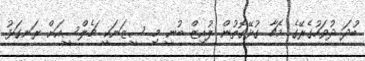
ބުދަ ދުވަހުގެރޭގެ މެޗާ ގުޅޭގޮތުން ލުއިޒް ބުނީ މި ސީޒަނަކީ ޗެލްސީއަށް ރަނގަޅު